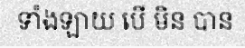
ទាំងឡាយ បើ មិន បាន